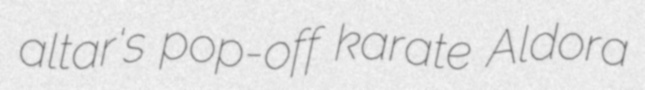
altar's pop-off karate Aldora